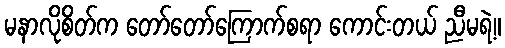
မနာလိုစိတ်က တော်တော်ကြောက်စရာ ကောင်းတယ် ညီမရဲ့။